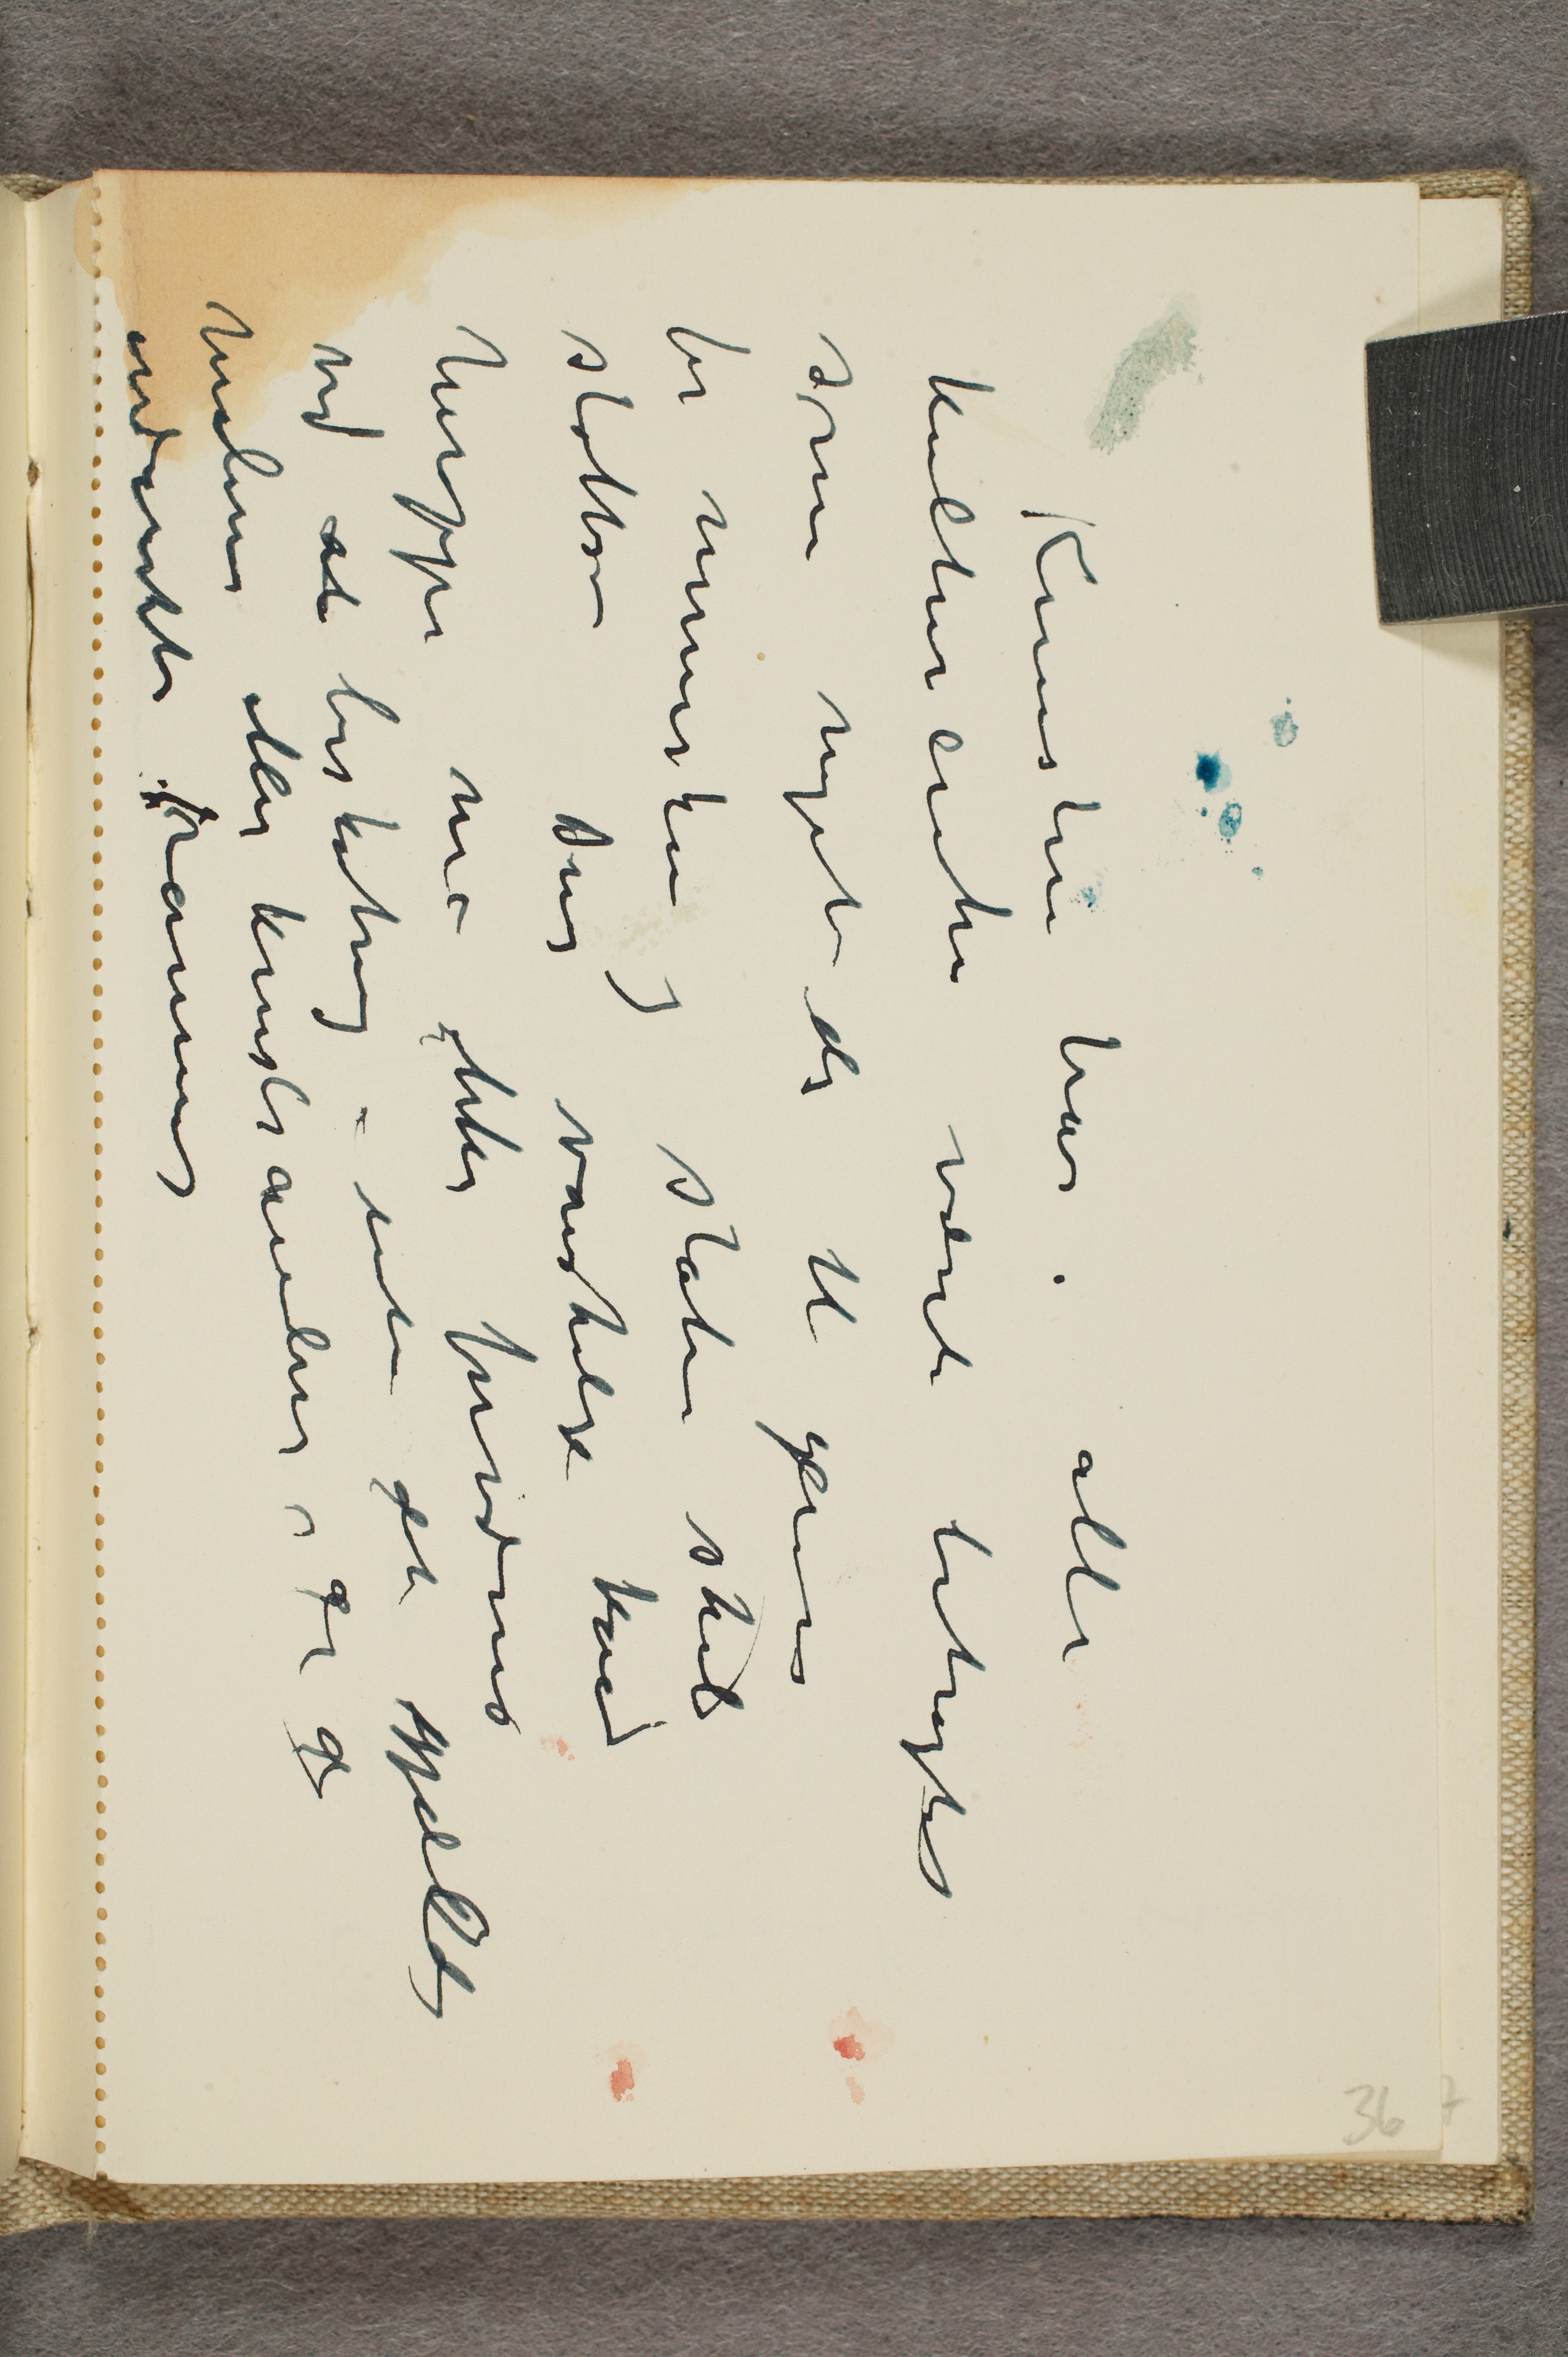
Kunstnere har i alle
kulturcentre været betragtet
som noget der til gavn
for mennesker og staten skal
støtte - Deres vanskelige kår
heroppe må ikke forværres
ved at beskatning uten det gjælder
maleres eller kunsthandleres ...
... rammes